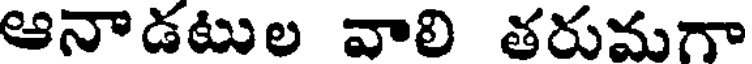
ఆనాడటుల వాలి తరుమగా